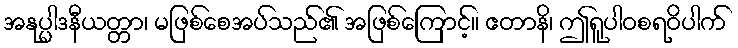
အနုပ္ပါဒနီယတ္တာ၊ မဖြစ်စေအပ်သည်၏ အဖြစ်ကြောင့်။ ဧတာနိ၊ ဤရူပါဝစရဝိပါက်